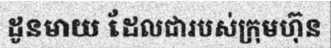
ដូនមាយ ដែលជារបស់ក្រុមហ៊ុន